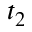
t _ { 2 }